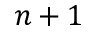
n + 1